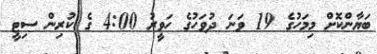
ބަޔާންކޮށް މިމަހުގެ 19 ވަނަ ދުވަހުގެ ހަވީރު 4:00 ގެ ކުރިން ސިޓީ